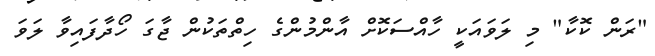
"ރަން ކޮކާ" މި ލަވައަކީ ހާއްސަކޮށް އާންމުންގެ ހިތްތަކުން ޖާގަ ހޯދާފައިވާ ލަވަ